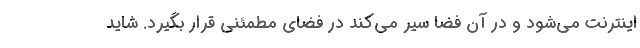
اینترنت می‌شود و در آن فضا سیر می‌کند در فضای مطمئنی قرار بگیرد. شاید